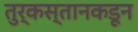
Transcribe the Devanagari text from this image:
तुर्कस्तानकडून